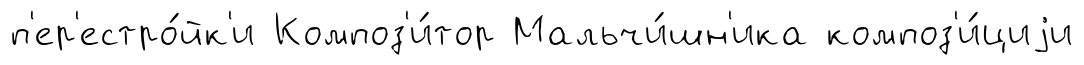
п'ер'естро́йк'и Композ'и́тор Мальчи́шн'ика композ'и́циjи